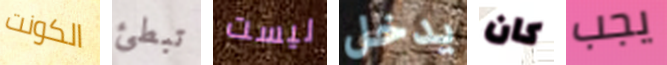
الكونت تبطئ ليست يدخل كان يجب